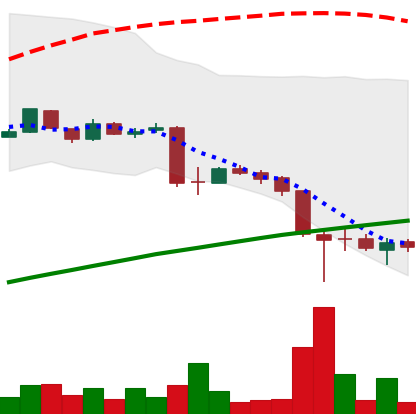
Ticker: LTC-USD
Chart end date: 2015-08-29
Forward return: -8.461%
Label: down_7plus